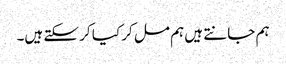
ہم جانتے ہیں ہم مل کر کیا کر سکتے ہیں۔